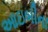
આઇબીના